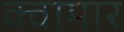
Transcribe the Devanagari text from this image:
क्वामार